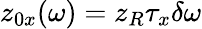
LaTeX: z_{0x}(\omega)=z_{R}\tau_{x}\delta\omega